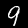
Digit: 9